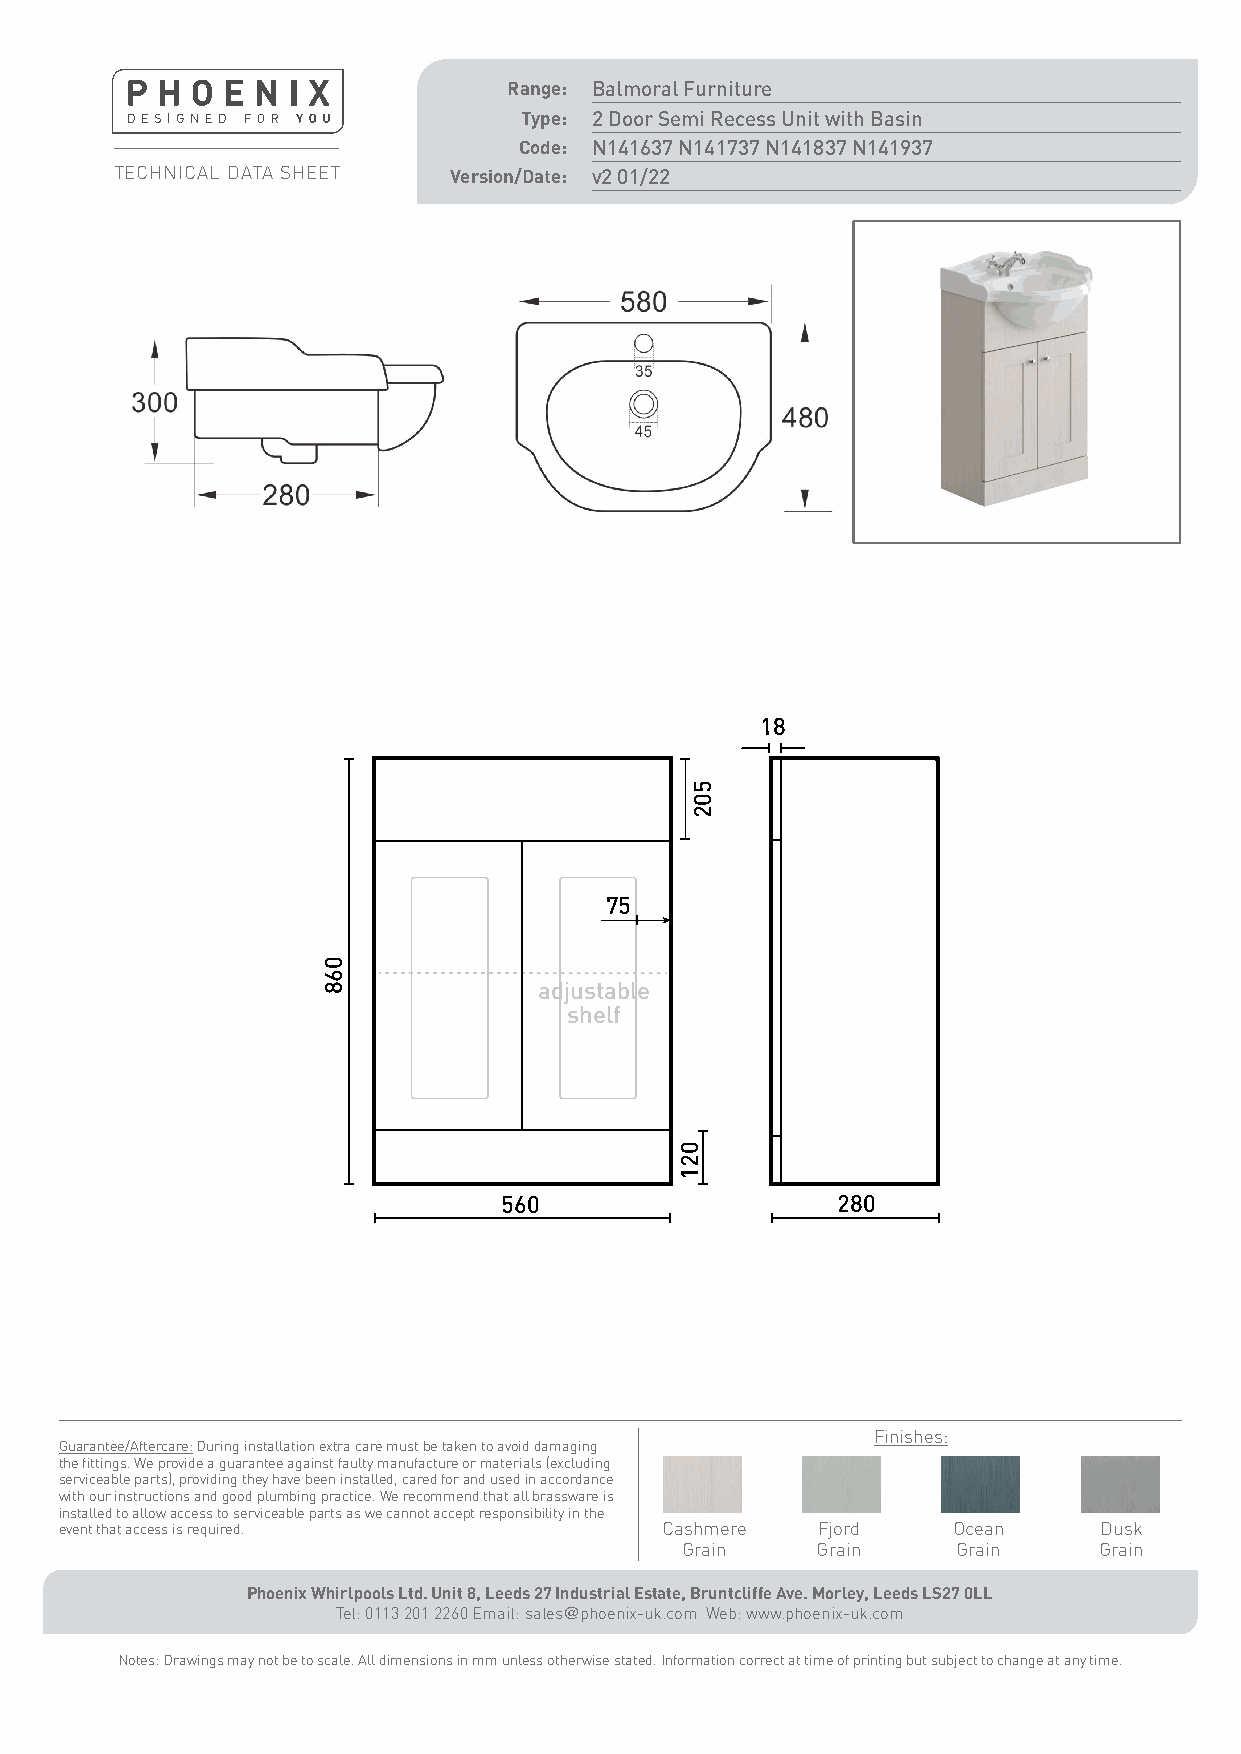
460                                                       460
 610                                                  810
 12                                                       12
 18            0                                          18
 1
 1
 75                                                      75
 adjustable                                            adjustable
 shelf                                                 shelf
 600                  455                              800                      455
 WHITE ABOVE ∆
 worktop unit
 18                                                       18                             470                                 470
 Range: Balmoral Furniture
 Type: 2 Door Semi Recess Unit with Basin
 Code: N141637 N141737 N141837 N141937
 TECHNICAL DATA SHEET  Version/Date: v2 01/22
 cutout                              cutout
 75                                                     75
 605                                  810
 adjustable                                             adjustable
 shelf                                                  shelf
 600                  455                              800                     455
 furniture & undercounter unit
 18                                                18
 75
 adjustable
 shelf
 560                   280                           500               210
 Semi Recess Unit                                       BTW Unit
 Finishes:
 Guarantee/Aftercare: During installation extra care must be taken to avoid damaging
 the fittings. We provide a guarantee against faulty manufacture or materials (excluding
 serviceable parts), providing they have been installed, cared for and used in accordance
 with our instructions and good plumbing practice. We recommend that all brassware is
 installed to allow access to serviceable parts as we cannot accept responsibility in the
 event that access is required.          Cashmere  Fjord    Ocean     Dusk
 Grain    Grain    Grain     Grain
 Phoenix Whirlpools Ltd. Unit 8, Leeds 27 Industrial Estate, Bruntcliffe Ave. Morley, Leeds LS27 0LL
 Tel: 0113 201 2260 Email: sales@phoenix-uk.com Web: www.phoenix-uk.com
 Notes: Drawings may not be to scale. All dimensions in mm unless otherwise stated. Information correct at time of printing but subject to change at any time.
 21
 067
 068
 068
 021
 001
 001
 502
 57
 001
 21
 067
 068
 068
 001
 001
 57
 001
 554                      082     554                            082